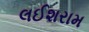
લઈશરામ